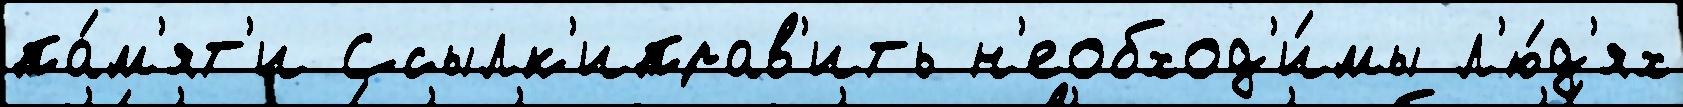
па́м'ят'и Ссылк'иправ'ить н'еобход'и́мы л'ю́д'ях